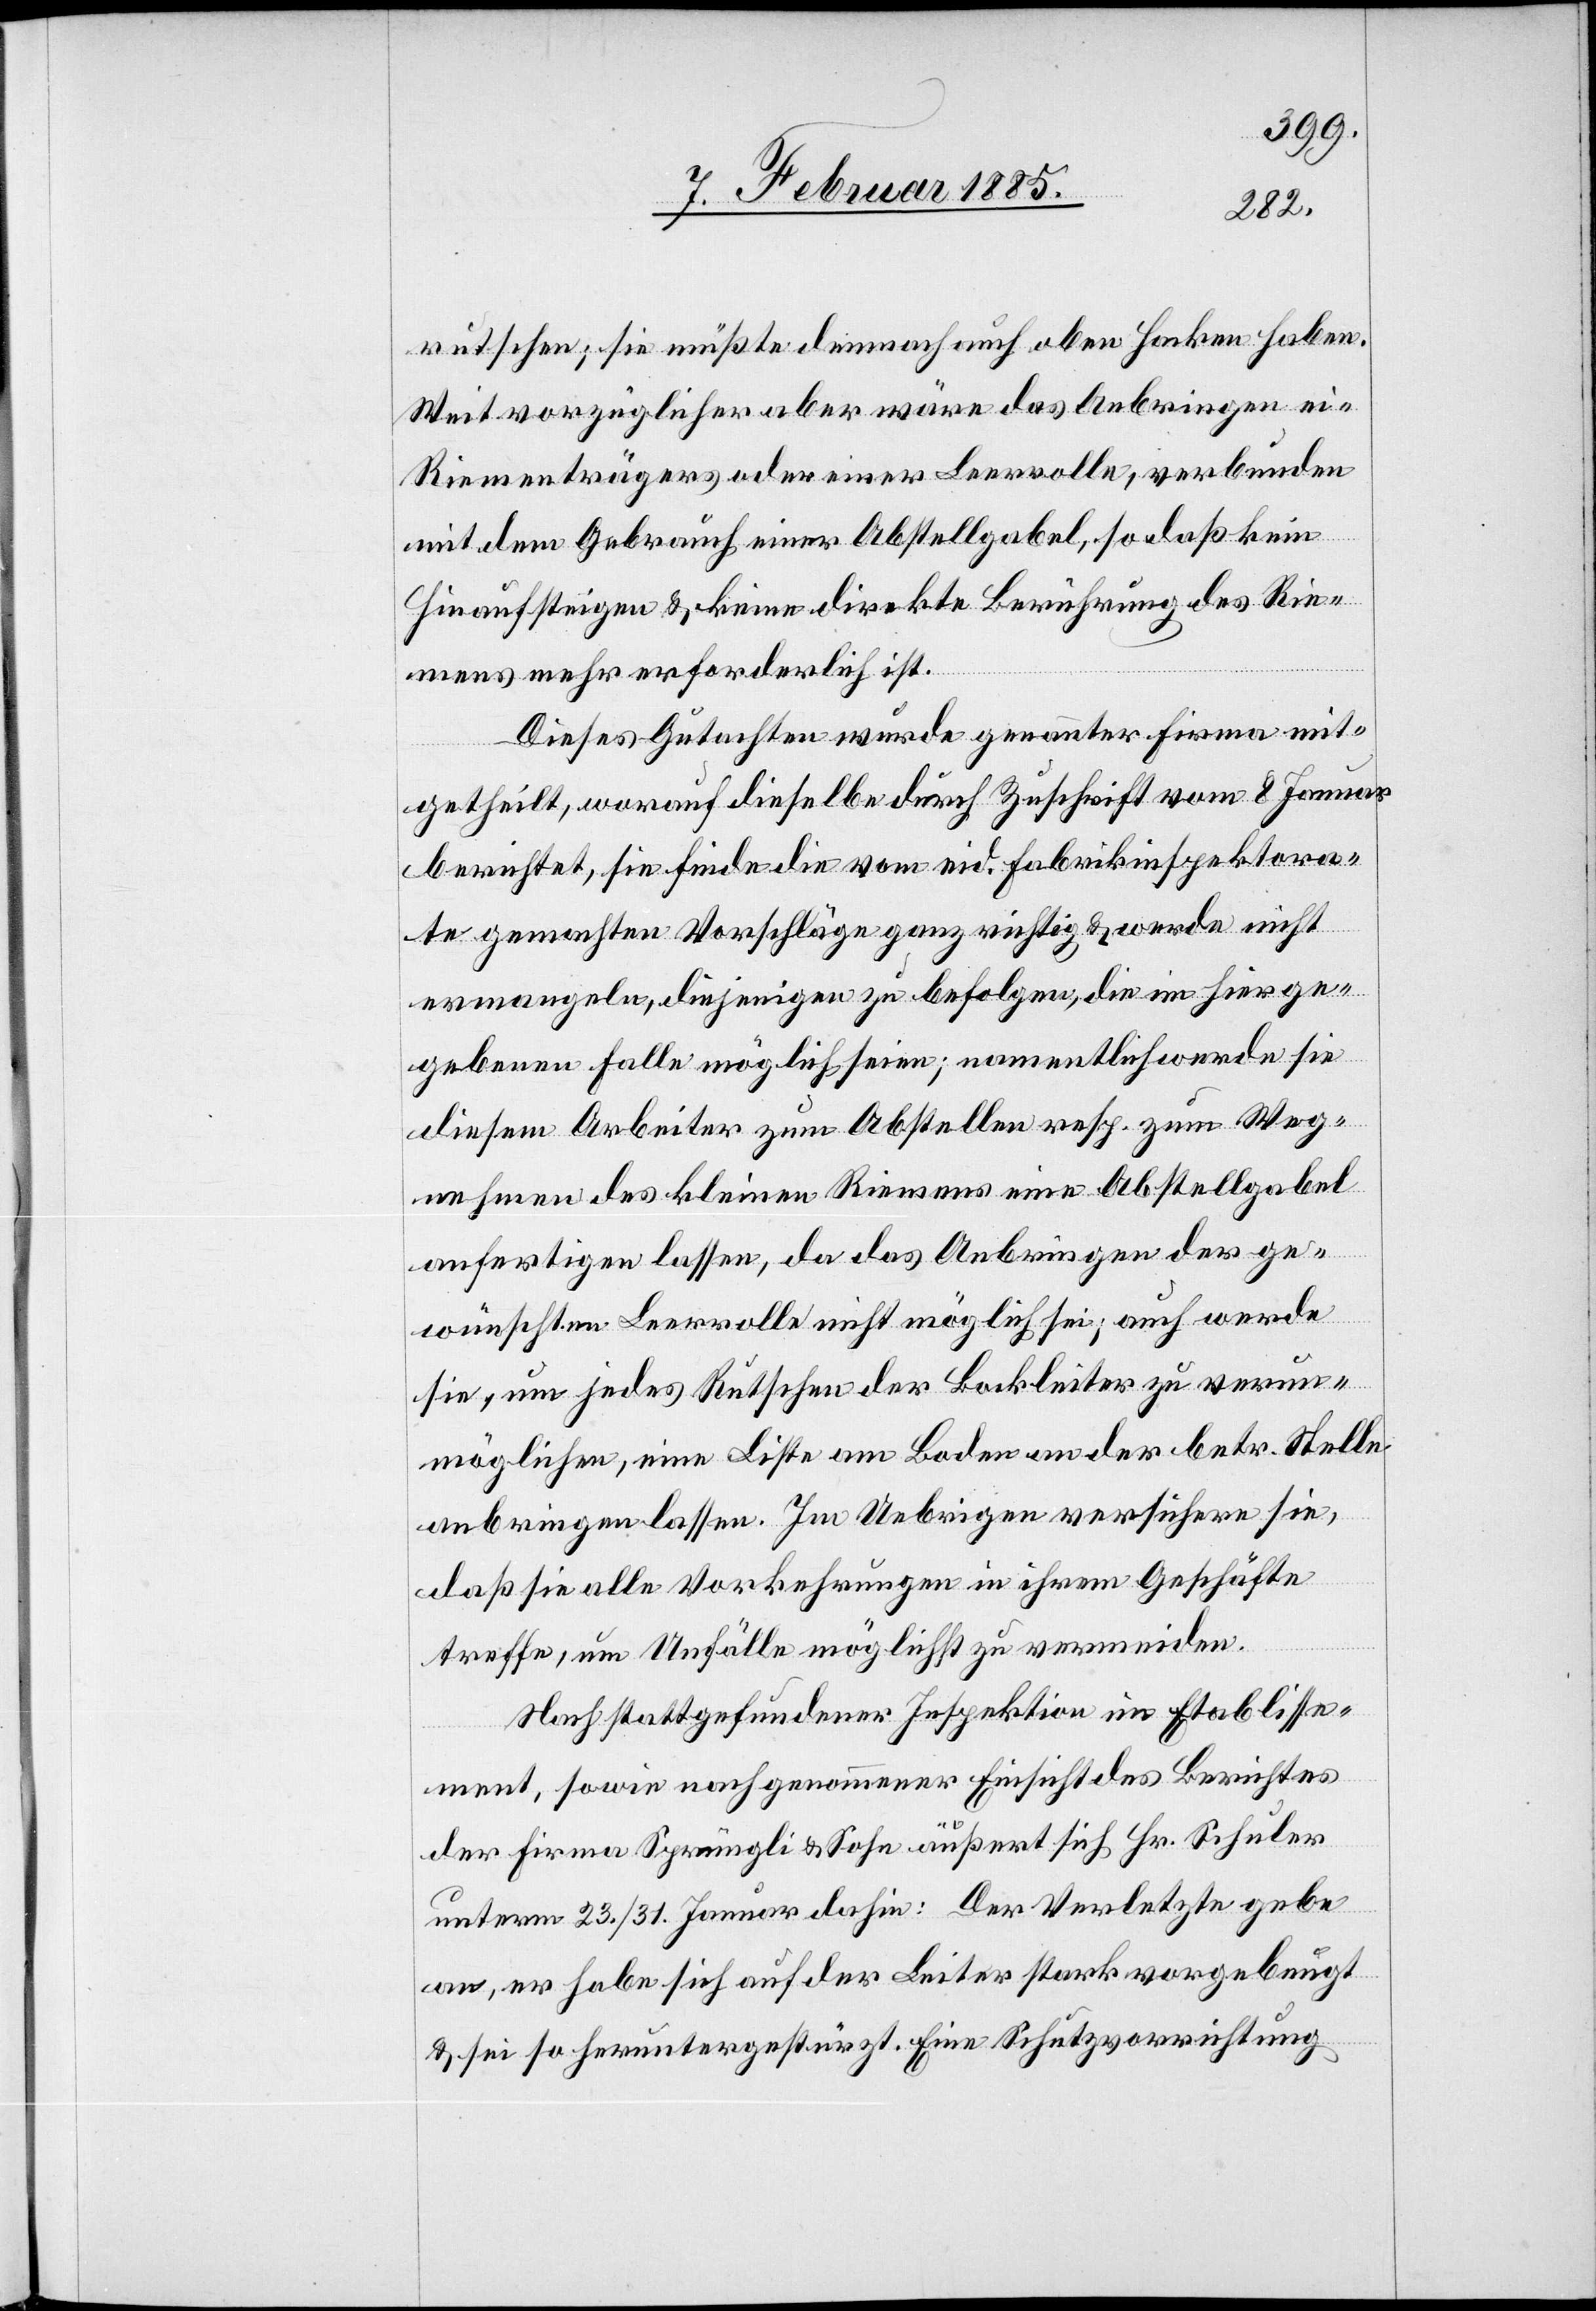
rutschen; sie müßte demnach auch oben Haken haben.
Weit vorzüglicher aber wäre das Anbringen ei-
Riementrägers oder einer Leerrolle, verbunden
mit dem Gebrauch einer Abstellgabel, so daß kein
hinaufsteigen & keine direkte Berührung des Rie¬
mens mehr erforderlich ist.
Dieses Gutachten wurde genannter Firma mit¬
getheilt, worauf dieselbe durch Zuschrift vom 8. Januar
berichtet, sie finde die vom eid. Fabrikinspektora¬
te gemachten Vorschläge ganz richtig & werde nicht
ermangeln, diejenigen zu befolgen, die im hier ge¬
gebenen Falle möglich seien; namentlich werde sie
diesem Arbeiter zum Abstellen resp. zum Weg¬
nehmen des kleinen Riemens eine Abstellgabel
anfertigen lassen, da das Anbringen der ge¬
wünschten Leerrolle nicht möglich sei; auch werde
sie, um jedes Rutschen der Bockleiter zu verun¬
möglichen, eine L[e]iste am Boden an der betr. Stelle
anbringen lassen. Im Uebrigen versichere sie,
daß sie alle Vorkehrungen in ihrem Geschäfte
treffe, um Unfälle möglichst zu vermeiden.
Nach stattgefundener Inspektion im Etablisse¬
ment, sowie nach genommener Einsicht des Berichtes
der Firma Sprüngli & Sohn äußert sich Hr. Schuler
unterm 23./31. Januar dahin: Der Verletzte gebe
an, er habe sich auf der Leiter stark vorgebeugt
& sei so heruntergestürzt. Eine Schutzvorrichtung